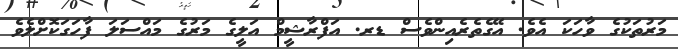
މަރުތަކުގެ ވާހަކަ އެވެ. އޭގެތެރެއިންވެސް ޑރ. އަފްރާޝީމް އަލީގެ މަރުގެ މައްސަލަ ފާހަގަކޮށްލެވެ